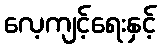
လေ့ကျင့်ရေးနှင့်